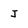
Character: J